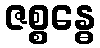
ဇစ္စန္ဓေ